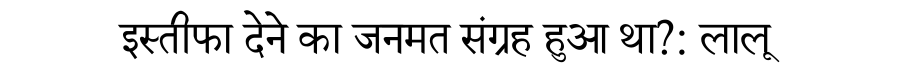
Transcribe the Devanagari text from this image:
इस्तीफा देने का जनमत संग्रह हुआ था?: लालू